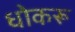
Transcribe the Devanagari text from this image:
धोकरू